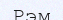
Рэм